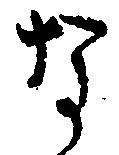
な